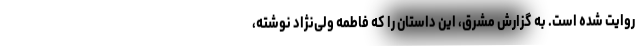
روایت شده است. به گزارش مشرق، این داستان را که فاطمه ولی‌نژاد نوشته،